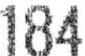
184